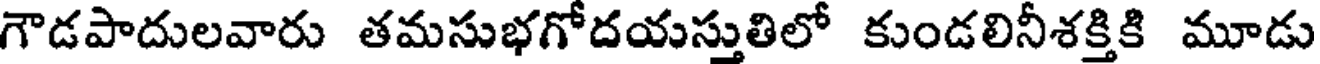
గౌడపాదులవారు తమసుభగోదయస్తుతిలో కుండలినీశక్తికి మూడు